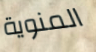
المنوية